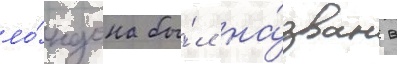
ло́ндона бы́л на́зван в